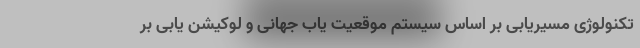
تکنولوژی مسیریابی بر اساس سیستم موقعیت یاب جهانی و لوکیشن یابی بر